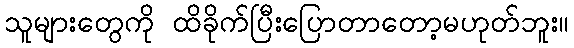
သူများတွေကို ထိခိုက်ပြီးပြောတာတော့မဟုတ်ဘူး။